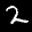
Label: 2